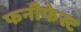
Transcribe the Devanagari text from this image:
फनीफेस्ट